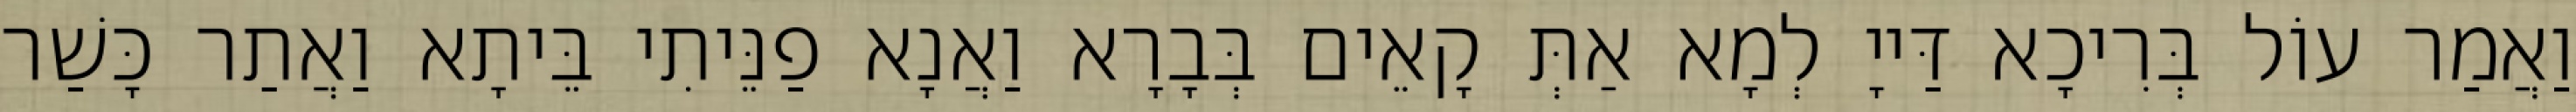
וַאֲמַר עוֹל בְּרִיכָא דַּייָ לְמָא אַתְּ קָאֵים בְּבָרָא וַאֲנָא פַנֵּיתִי בֵּיתָא וַאֲתַר כָּשַׁר